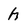
Character: h